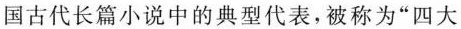
国古代长篇小说中的典型代表，被称为“四大